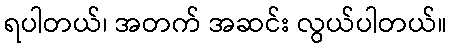
ရပါတယ်၊ အတက် အဆင်း လွယ်ပါတယ်။